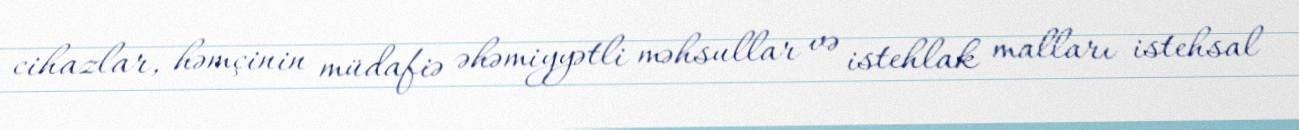
cihazlar, həmçinin müdafiə əhəmiyyətli məhsullar və istehlak malları istehsal